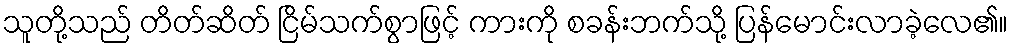
သူတို့သည် တိတ်ဆိတ် ငြိမ်သက်စွာဖြင့် ကားကို စခန်းဘက်သို့ ပြန်မောင်းလာခဲ့လေ၏။